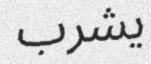
يشرب